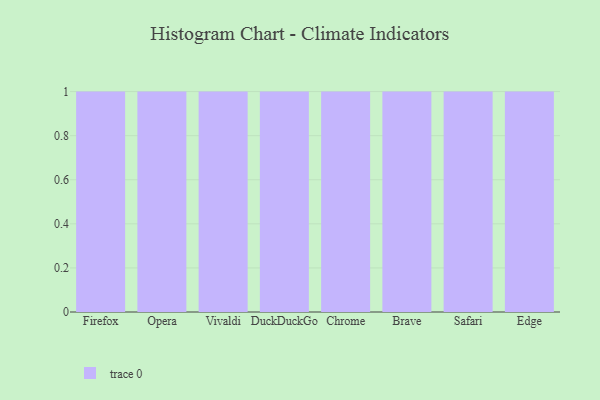
{"axis": {"x": "Browser", "y": "Revenue (USD Million)"}, "legend": [""], "data": [{"x": "Firefox", "y": 65, "type": ""}, {"x": "Opera", "y": 97, "type": ""}, {"x": "Vivaldi", "y": 33, "type": ""}, {"x": "DuckDuckGo", "y": 72, "type": ""}, {"x": "Chrome", "y": 63, "type": ""}, {"x": "Brave", "y": 81, "type": ""}, {"x": "Safari", "y": 80, "type": ""}, {"x": "Edge", "y": 29, "type": ""}]}